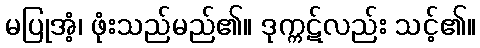
မပြုအံ့၊ ဖုံးသည်မည်၏။ ဒုက္ကဋ်လည်း သင့်၏။